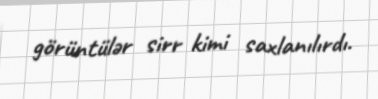
görüntülər sirr kimi saxlanılırdı.